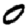
Digit: 0